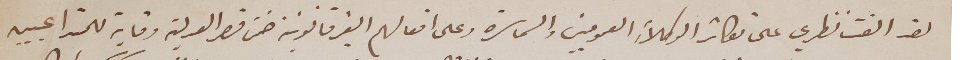
لقد الفت نظري على تكاثر الوكلاءِ العموميين والسماسره وعلى افعالهم الغير قانونية ضمن قصر العدليه وقاية للمتداعيين